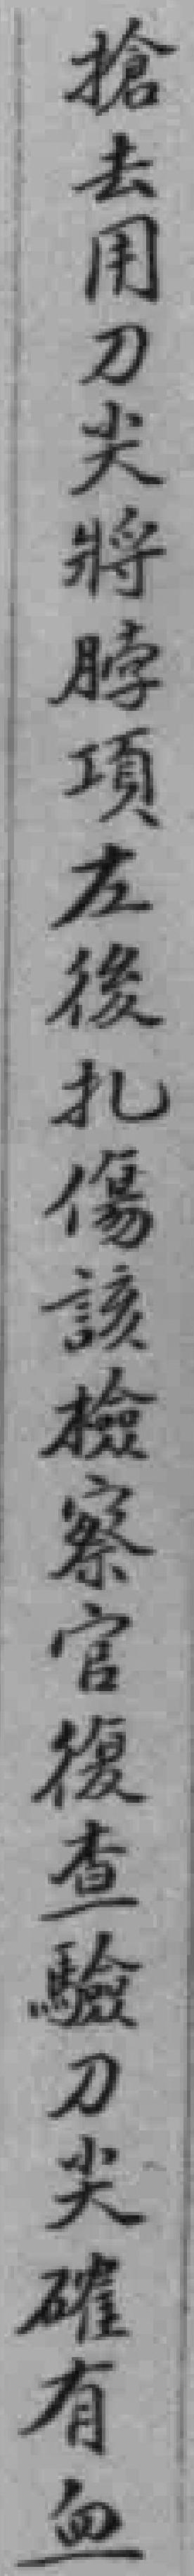
搶去用刀尖將脖項左後扎傷該檢察官復查驗刀尖確有血